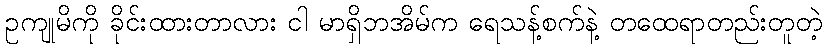
ဥကျုမိကို ခိုင်းထားတာလား ငါ မာရှိဘအိမ်က ရေသန့်စက်နဲ့ တထေရာတည်းတူတဲ့